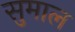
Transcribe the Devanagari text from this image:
सुमाल